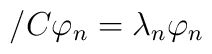
\slash{C}\varphi_{n}=\lambda_{n}\varphi_{n}